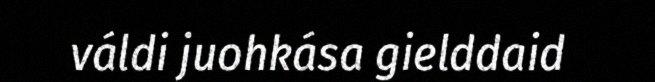
váldi juohkása gielddaid